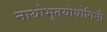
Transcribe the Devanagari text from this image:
नाथोभूतयोयोगिनी